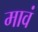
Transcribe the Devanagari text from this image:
मावं